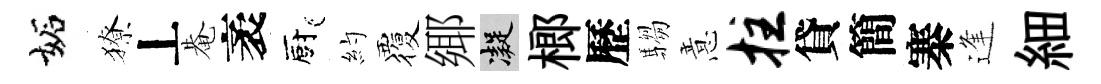
妬獠丄𤲅袤廚約覆鄊凝榔歷騶意拄貸簡寨逢細